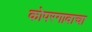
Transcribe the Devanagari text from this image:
कोपरगावाचा